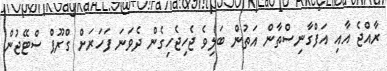
ރާއްޖެ އާއި އަފްގާނިސްތާން އަތުން ބަލިވެ ޖެހިޖެހިގެން ދެވަނަ ފަހަރަށް ގްރޫޕް ސްޓޭޖުން